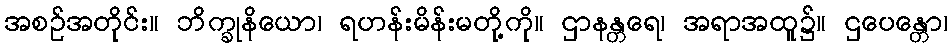
အစဉ်အတိုင်း။ ဘိက္ခုနိယော၊ ရဟန်းမိန်းမတို့ကို။ ဌာနန္တရေ၊ အရာအထူ၌။ ဌပေန္တော၊